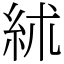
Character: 絉